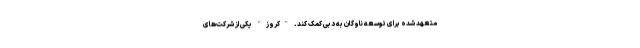
متعهد شده برای توسعه ناوگان به دبی کمک کند. "کروز" یکی از شرکت‌های